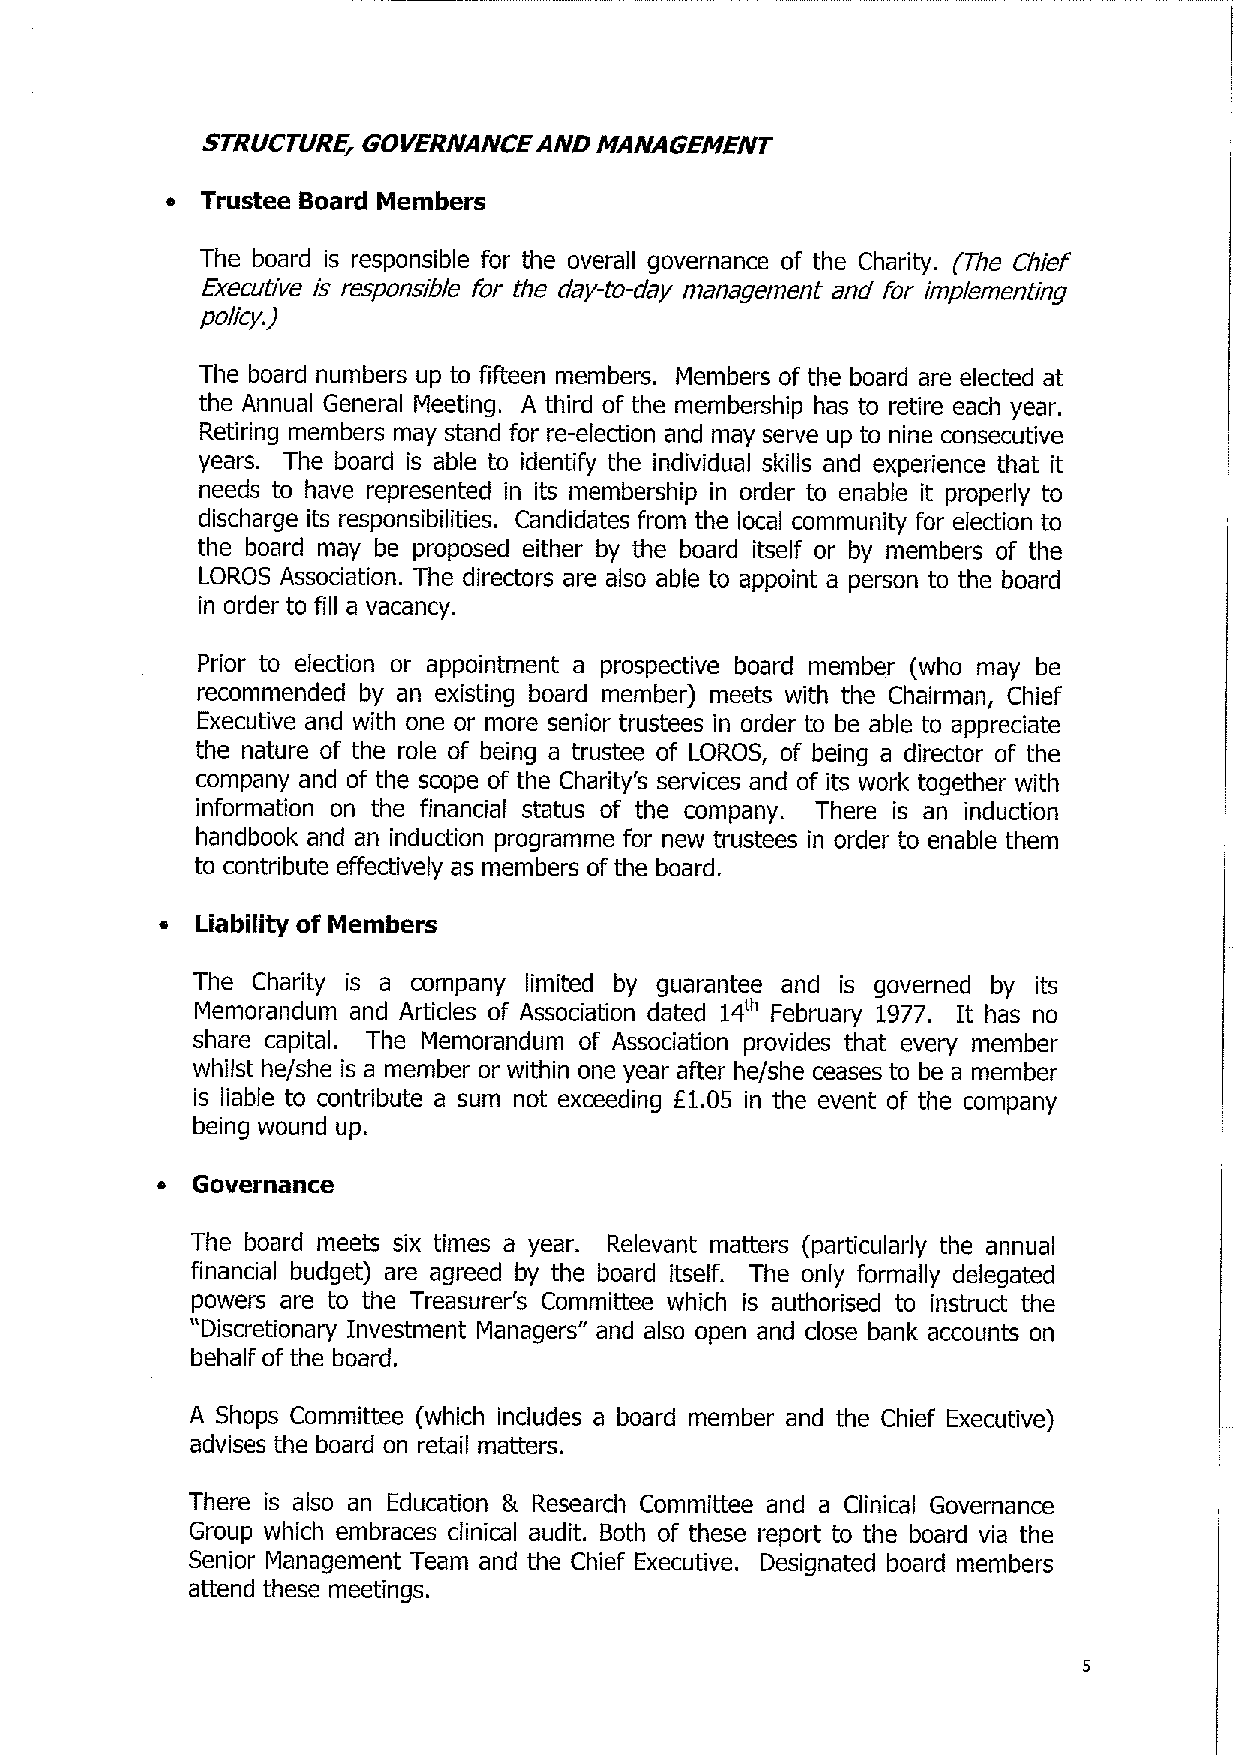
STRUCTURE, GOVERNANCE  AND MANAGEMENT
 • Trustee Board Members
 The board is responsible for the overall governance of the Charity. (The Chief
 Executive is responsible for the day-to-day management and for implementing
 policy.)
 The board numbers up to fifteen members. Members of the board are elected at
 the Annual General Meeting. A third of the membership has to retire each year.
 Retiring members may stand for re-election and may serve up to nine consecutive
 years. The board is able to identify the individual skills and experience that it
 needs to have represented in its membership in order to enable it properly to
 discharge its responsibilities. Candidates from the local community for election to
 the board may be proposed either by the board itself or by members of the
 LOROS Association. The directors are also able to appoint a person to the board
 in order to fill a vacancy.
 Prior to election or appointment a prospective board member (who may be
 recommended by an existing board member) meets with the Chairman, Chief
 Executive and with one or more senior trustees in order to be able to appreciate
 the nature of the role of being a trustee of LOROS, of being a director of the
 company and of the scope of the Charity's services and of its work together with
 information on the financial status of the company. There is an induction
 handbook and an induction programme for new trustees in order to enable them
 to contribute effectively as members of the board.
 Liability of Members
 The Charity is a company limited by guarantee and is governed by its
 Memorandum and Articles of Association dated 14th February 1977. It has no
 share capital. The Memorandum of Association provides that every member
 whilst he/she is a member or within one year after he/she ceases to be a member
 is liable to contribute a sum not exceeding £1.05 in the event of the company
 being wound up.
 •  Governance
 The board meets six times a year. Relevant matters (particularly the annual
 financial budget) are agreed by the board itself. The only formally delegated
 powers are to the Treasurer's Committee which is authorised to instruct the
 "Discretionary Investment Managers" and also open and close bank accounts on
 behalf of the board.
 A Shops Committee (which includes a board member and the Chief Executive)
 advises the board on retail matters.
 There is also an Education & Research Committee and a Clinical Governance
 Group which embraces clinical audit. Both of these report to the board via the
 Senior Management Team and the Chief Executive. Designated board members
 attend these meetings.
 5